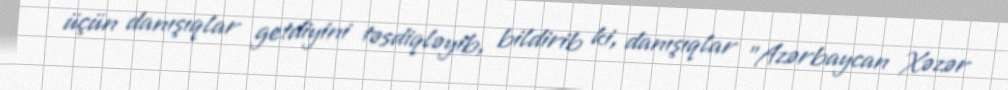
üçün danışıqlar getdiyini təsdiqləyib, bildirib ki, danışıqlar "Azərbaycan Xəzər